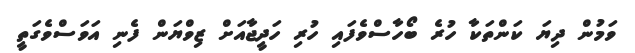
ވަމުން ދިޔަ ކަންތަކާ ހުރެ ބޯހާސްވެފައި ހުރި ހަދީޖާއަށް ޒިވްޔަން ފެނި އަވަސްވެގަތީ